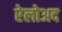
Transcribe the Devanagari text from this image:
रेलोअद